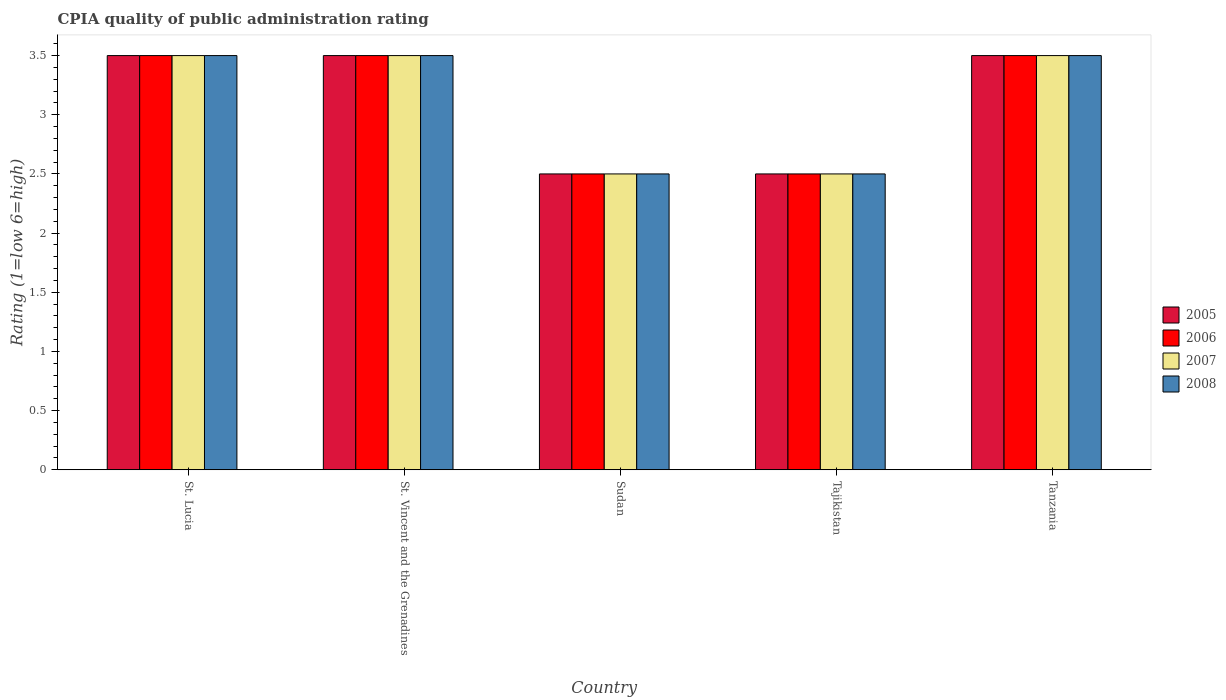
| Country | 2005 | 2006 | 2007 | 2008 |
 | --- | --- | --- | --- | --- |
 | St. Lucia | 3.5 | 3.5 | 3.5 | 3.5 |
 | St. Vincent and the Grenadines | 3.5 | 3.5 | 3.5 | 3.5 |
 | Sudan | 2.5 | 2.5 | 2.5 | 2.5 |
 | Tajikistan | 2.5 | 2.5 | 2.5 | 2.5 |
 | Tanzania | 3.5 | 3.5 | 3.5 | 3.5 |